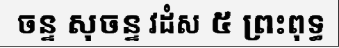
ចន្ទ សុចន្ទ វដំស ៥ ព្រះពុទ្ធ